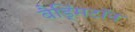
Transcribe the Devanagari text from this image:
बैड्मिंटॉन